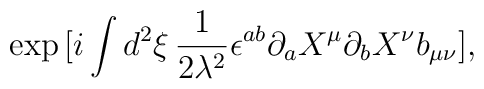
\exp \big[i\int d^2\xi\, {1\over 2\lambda^2}\epsilon^{ab}\partial_a X^{\mu}\partial_b  X^{\nu}b_{\mu\nu}\big] ,